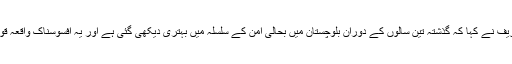
اس موقع پر وزیراعظم محمد نواز شریف نے کہا کہ گذشتہ تین سالوں کے دوران بلوچستان میں بحالی امن کے سلسلہ میں بہتری دیکھی گئی ہے اور یہ افسوسناک واقعہ قوم کے عزم کو متزلزل نہیں کر سکتا۔